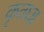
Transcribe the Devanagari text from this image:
कृतघ्न्न